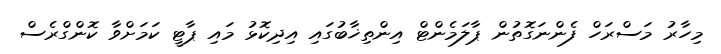
މިހާރު މަސްރަހް ފެންނަގޮތުން ޕާލަމެންޓް އިންތިޚާބުގައި އިދިކޮޅު މައި ޕާޓީ ކަމަށްވާ ކޮންގްރެސް